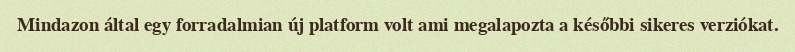
Mindazon által egy forradalmian új platform volt ami megalapozta a későbbi sikeres verziókat.